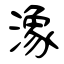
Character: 潒